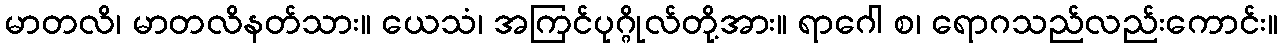
မာတလိ၊ မာတလိနတ်သား။ ယေသံ၊ အကြင်ပုဂ္ဂိုလ်တို့အား။ ရာဂေါ စ၊ ရောဂသည်လည်းကောင်း။